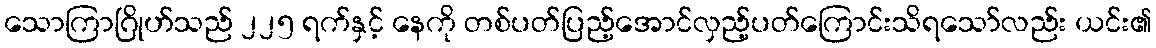
သောကြာဂြိုဟ်သည် ၂၂၅ ရက်နှင့် နေကို တစ်ပတ်ပြည့်အောင်လှည့်ပတ်ကြောင်းသိရသော်လည်း ယင်း၏